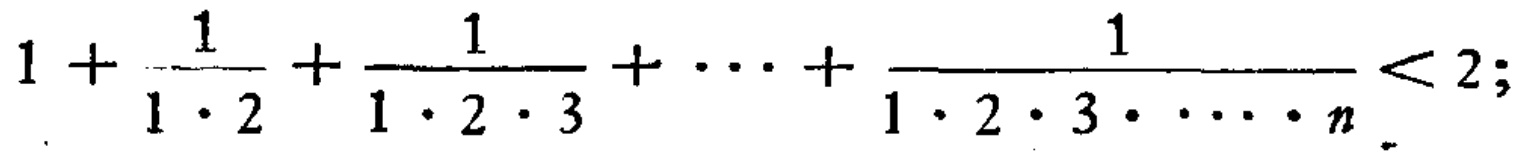
\(1+\frac{1}{1\cdot2}+\frac{1}{1\cdot2\cdot3}+\cdots+\frac{1}{1\cdot2\cdot3\cdot\cdots\cdot n}<2;\)